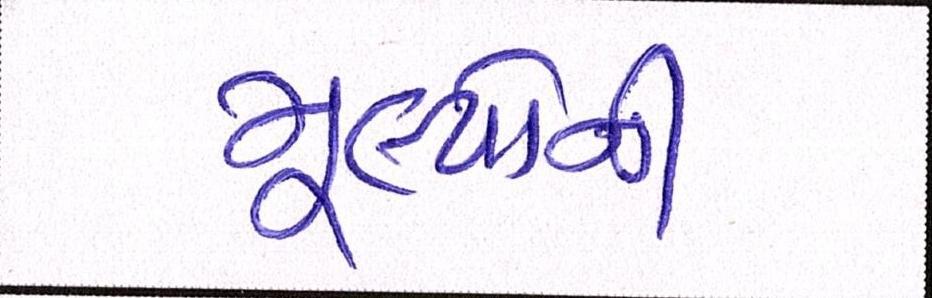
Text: મૂલ્યોની